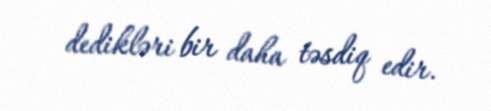
dedikləri bir daha təsdiq edir.